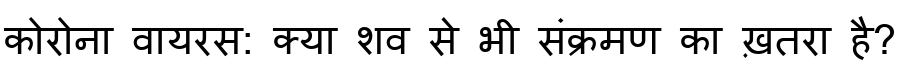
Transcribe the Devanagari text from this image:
कोरोना वायरस: क्या शव से भी संक्रमण का ख़तरा है?